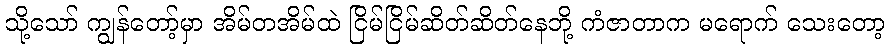
သို့သော် ကျွန်တော့်မှာ အိမ်တအိမ်ထဲ ငြိမ်ငြိမ်ဆိတ်ဆိတ်နေဘို့ ကံဇာတာက မရောက် သေးတော့